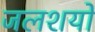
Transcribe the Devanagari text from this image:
जलशयों